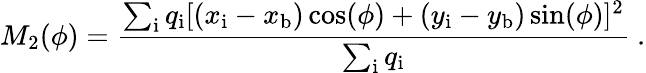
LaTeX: M_{2}(\phi)=\frac{\sum_{\mathrm{{i}}}q_{\mathrm{{i}}}[(x_{\mathrm{{i}}}-x_{\mathrm{{b}}})\cos(\phi)+(y_{\mathrm{{i}}}-y_{\mathrm{{b}}})\sin(\phi)]^{2}}{\sum_{\mathrm{{i}}}q_{\mathrm{{i}}}}~.